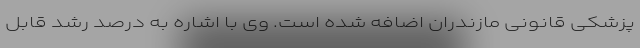
پزشکی قانونی مازندران اضافه شده است. وی با اشاره به درصد رشد قابل